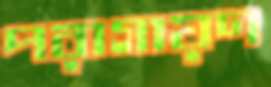
পরাগায়ণ